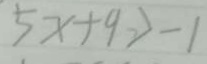
5 x + 9 > - 1